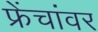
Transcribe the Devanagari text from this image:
फ्रेंचांवर